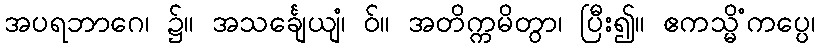
အပရဘာဂေ၊ ၌။ အသင်္ချေယျံ၊ ဝ်။ အတိက္ကမိတွာ၊ ပြီး၍။ ဧကသ္မိံကပ္ပေ၊